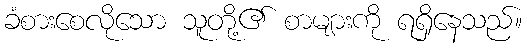
ခံစားစေလိုသော သူတို့၏ စာများကို ရရှိနေသည်။